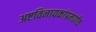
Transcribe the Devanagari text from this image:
अष्टविनायकांप्रमाणेच